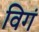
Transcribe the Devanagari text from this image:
विगं